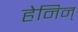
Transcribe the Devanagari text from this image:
हेनिन्